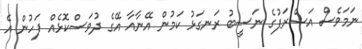
ނަމަވެސް އަޝްރަފުގެ ނަސީބު ރަނގަޅު ކަމުން އޭނާއާ އޭގެ ދުވަސްކޮޅެއް ފަހުން އެ